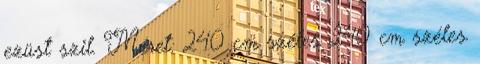
ezüst szil. Méret: 240 cm széles 240 cm széles